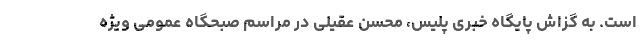
است. به گزاش پایگاه خبری پلیس، محسن عقیلی در مراسم صبحگاه عمومی ویژه